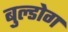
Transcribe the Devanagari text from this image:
बुल्डोग